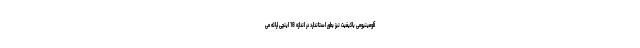
آلومینیومی باکیفیت نیز بطور استاندارد در اندازه 18 اینچی ارائه می